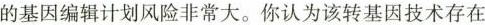
的基因编辑计划风险非常大。你认为该转基因技术存在